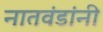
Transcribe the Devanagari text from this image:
नातवंडांनी